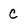
Character: C